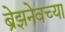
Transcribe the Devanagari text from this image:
ब्रेझनेवच्या